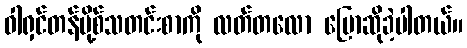
ဝါရှင်တန်ပို့စ်သတင်းစာကို လတ်တလော ပြောဆိုခဲ့ပါတယ်။